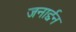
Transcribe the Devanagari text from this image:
जनार्द्दन